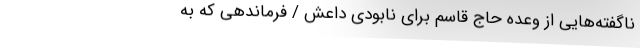
ناگفته‌‌هایی از وعده حاج قاسم برای نابودی داعش / فرماندهی که ‌به